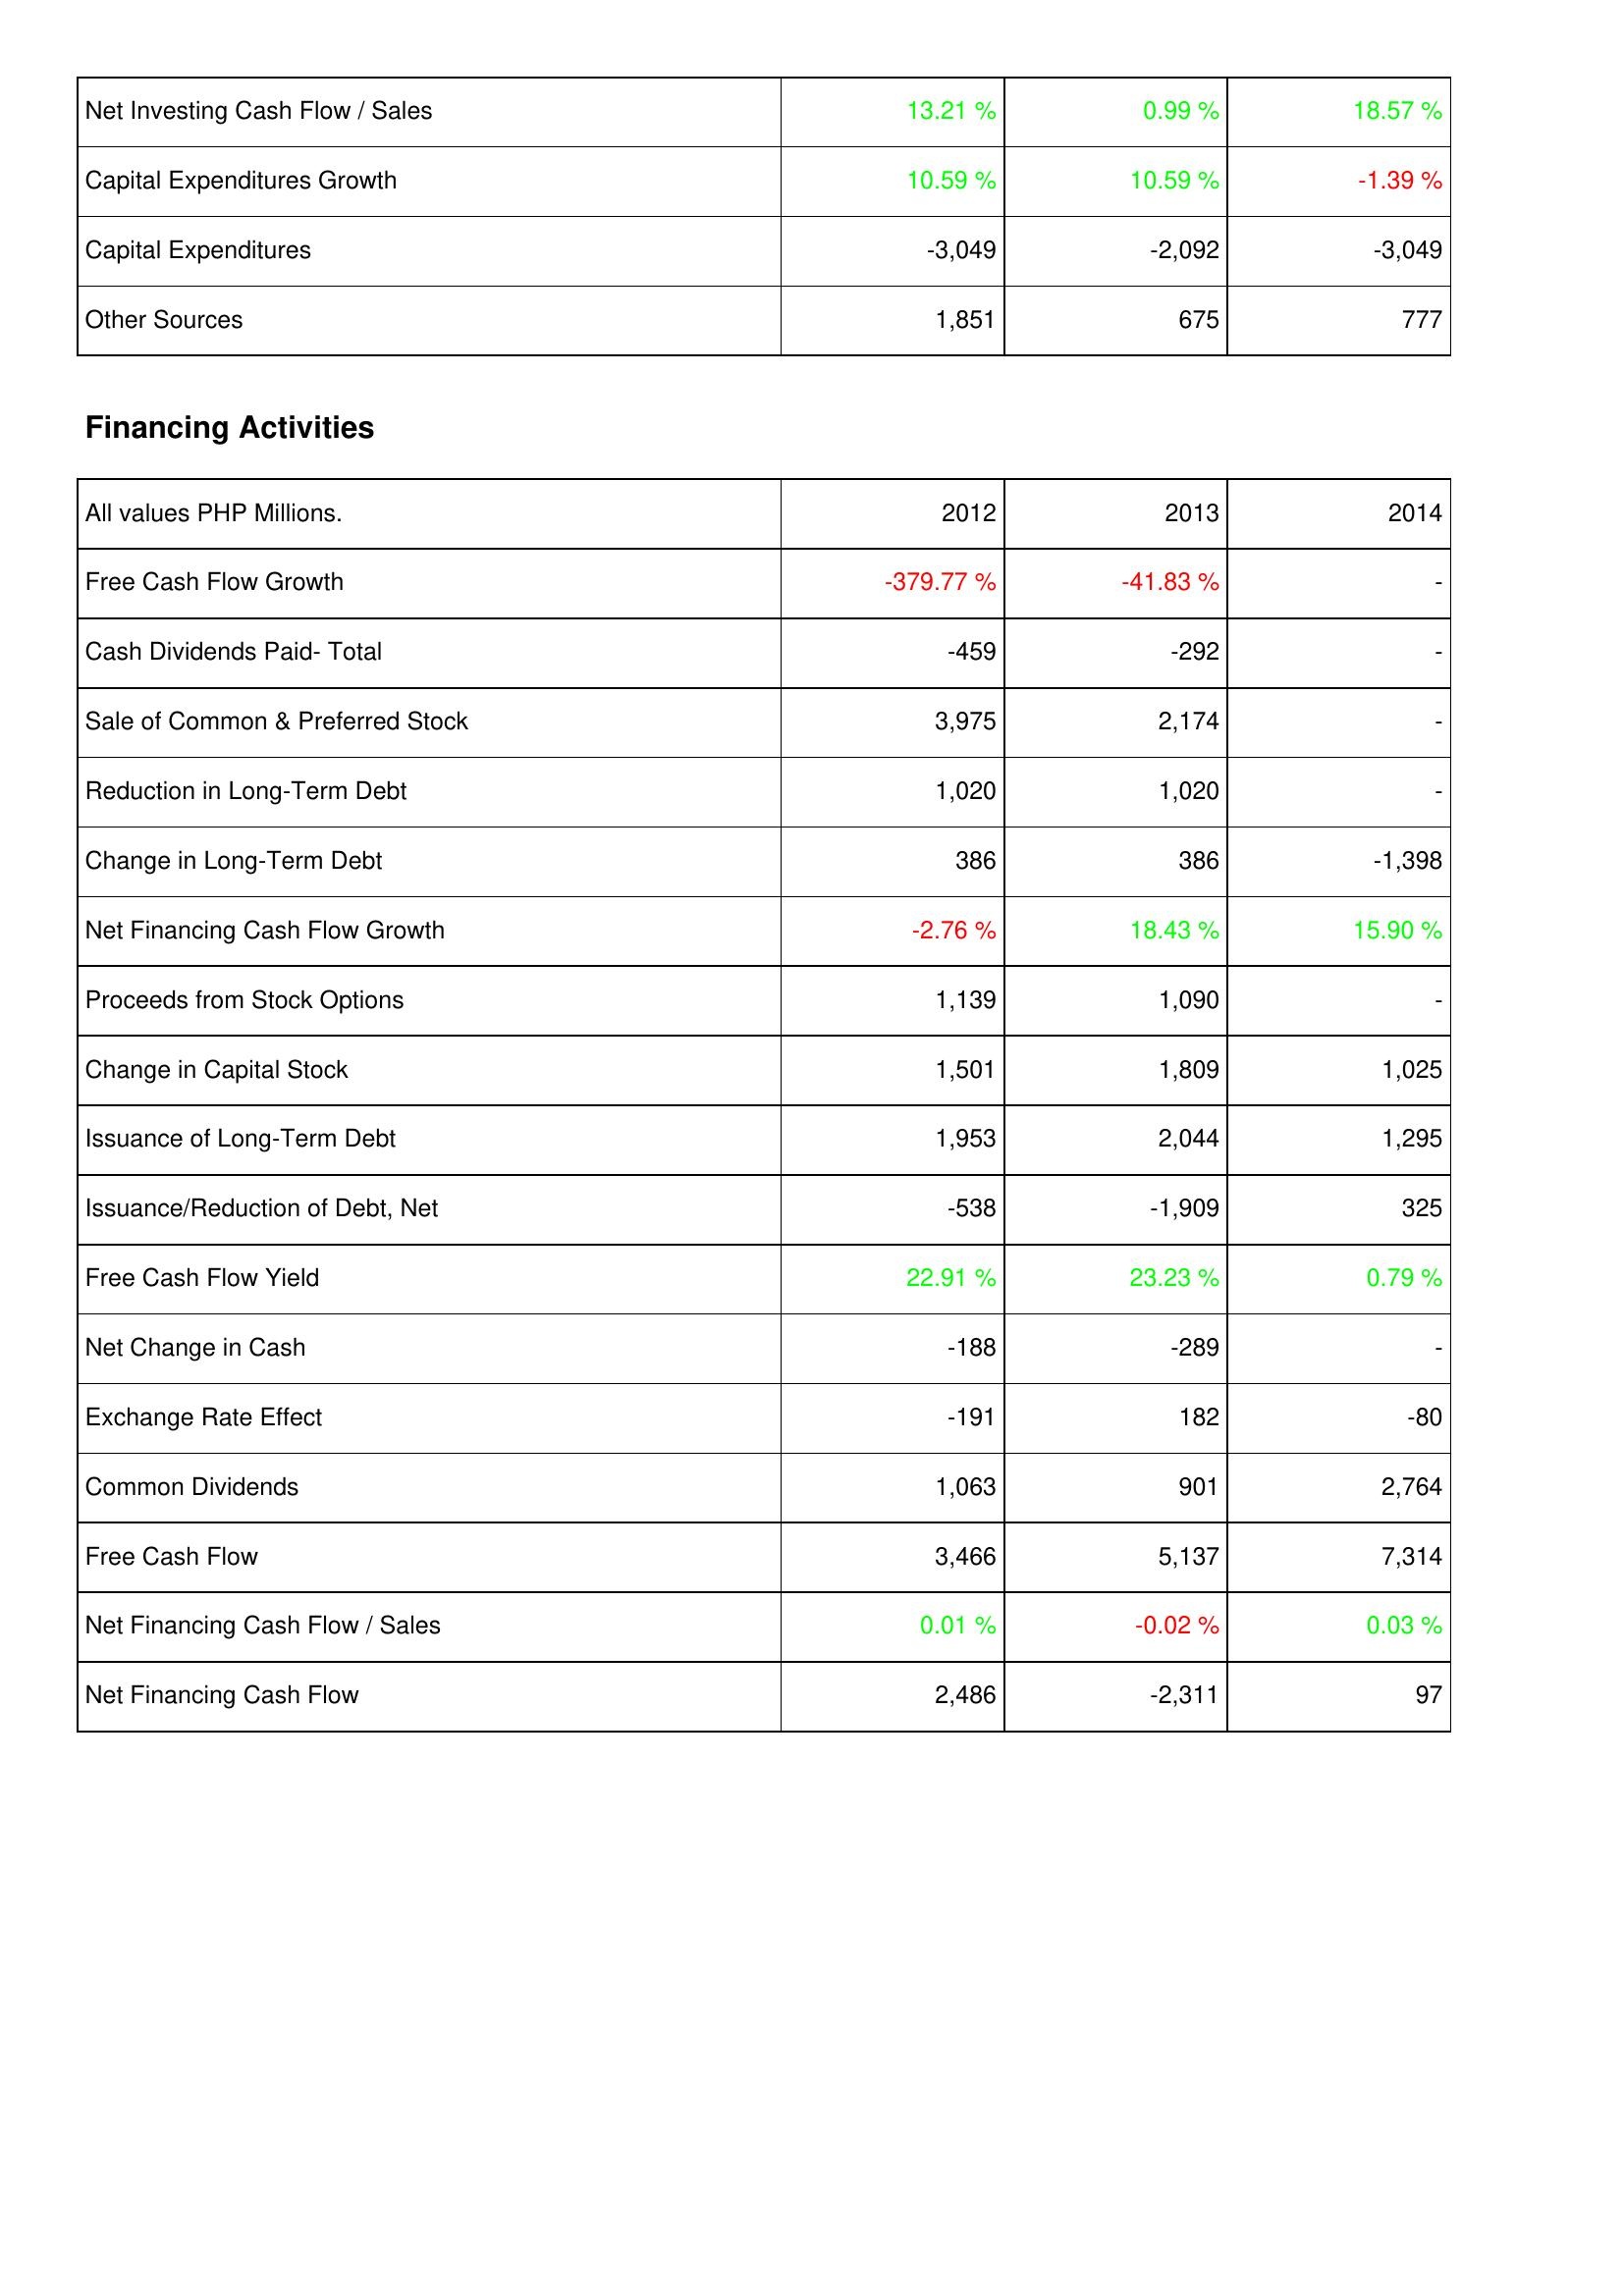
2012: Investing Activities: Net Investing Cash Flow / Sales: 13.21 %
Capital Expenditures Growth: 10.59 %
Capital Expenditures: -3,049
Other Sources: 1,851
Financing Activities: Free Cash Flow Growth: -379.77 %
Cash Dividends Paid- Total: -459
Sale of Common & Preferred Stock: 3,975
Reduction in Long-Term Debt: 1,020
Change in Long-Term Debt: 386
Net Financing Cash Flow Growth: -2.76 %
Proceeds from Stock Options: 1,139
Change in Capital Stock: 1,501
Issuance of Long-Term Debt: 1,953
Issuance/Reduction of Debt, Net: -538
Free Cash Flow Yield: 22.91 %
Net Change in Cash: -188
Exchange Rate Effect: -191
Common Dividends: 1,063
Free Cash Flow: 3,466
Net Financing Cash Flow / Sales: 0.01 %
Net Financing Cash Flow: 2,486
2013: Investing Activities: Net Investing Cash Flow / Sales: 0.99 %
Capital Expenditures Growth: 10.59 %
Capital Expenditures: -2,092
Other Sources: 675
Financing Activities: Free Cash Flow Growth: -41.83 %
Cash Dividends Paid- Total: -292
Sale of Common & Preferred Stock: 2,174
Reduction in Long-Term Debt: 1,020
Change in Long-Term Debt: 386
Net Financing Cash Flow Growth: 18.43 %
Proceeds from Stock Options: 1,090
Change in Capital Stock: 1,809
Issuance of Long-Term Debt: 2,044
Issuance/Reduction of Debt, Net: -1,909
Free Cash Flow Yield: 23.23 %
Net Change in Cash: -289
Exchange Rate Effect: 182
Common Dividends: 901
Free Cash Flow: 5,137
Net Financing Cash Flow / Sales: -0.02 %
Net Financing Cash Flow: -2,311
2014: Investing Activities: Net Investing Cash Flow / Sales: 18.57 %
Capital Expenditures Growth: -1.39 %
Capital Expenditures: -3,049
Other Sources: 777
Financing Activities: Free Cash Flow Growth: -
Cash Dividends Paid- Total: -
Sale of Common & Preferred Stock: -
Reduction in Long-Term Debt: -
Change in Long-Term Debt: -1,398
Net Financing Cash Flow Growth: 15.90 %
Proceeds from Stock Options: -
Change in Capital Stock: 1,025
Issuance of Long-Term Debt: 1,295
Issuance/Reduction of Debt, Net: 325
Free Cash Flow Yield: 0.79 %
Net Change in Cash: -
Exchange Rate Effect: -80
Common Dividends: 2,764
Free Cash Flow: 7,314
Net Financing Cash Flow / Sales: 0.03 %
Net Financing Cash Flow: 97